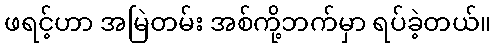
ဖရင့်ဟာ အမြဲတမ်း အစ်ကို့ဘက်မှာ ရပ်ခဲ့တယ်။